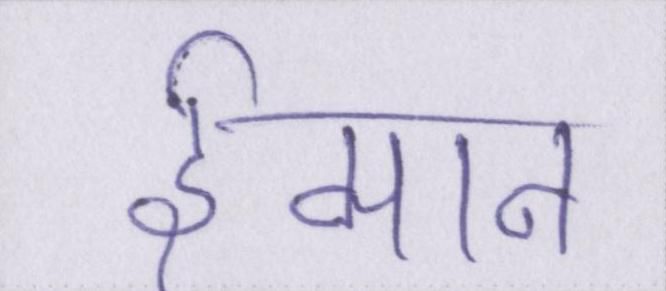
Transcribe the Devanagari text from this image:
ईमान